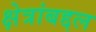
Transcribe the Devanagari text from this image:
क्षेत्रांबद्दल